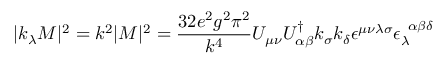
| k _ { \lambda } M | ^ { 2 } = k ^ { 2 } | M | ^ { 2 } = \frac { 3 2 e ^ { 2 } g ^ { 2 } \pi ^ { 2 } } { k ^ { 4 } } U _ { \mu \nu } U _ { \alpha \beta } ^ { \dag } k _ { \sigma } k _ { \delta } \epsilon ^ { \mu \nu \lambda \sigma } \epsilon _ { \lambda } ^ { \; \; \alpha \beta \delta }